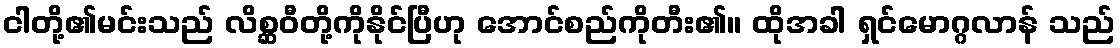
ငါတို့၏မင်းသည် လိစ္ဆဝီတို့ကိုနိုင်ပြီဟု အောင်စည်ကိုတီး၏။ ထိုအခါ ရှင်မောဂ္ဂလာန် သည်